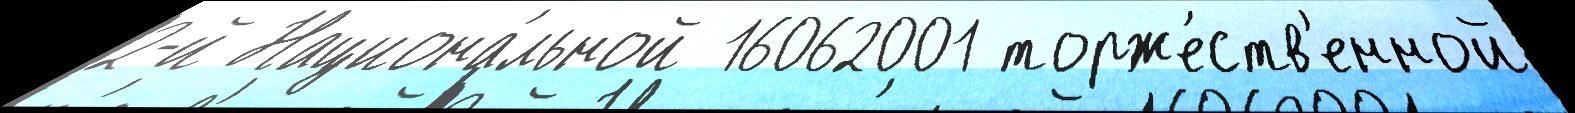
2-й Национа́льной 16062001 торже́ств'енной